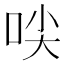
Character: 𱒜